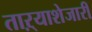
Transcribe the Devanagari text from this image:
ताऱ्याशेजारी